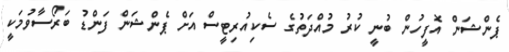
ޕެންޝަން އޮފީހުން ބުނީ ކުރު މުއްދަތުގެ ސެކިއުރިޓީސް އަށް ޕެންޝަން ފަންޑު ބަރޯސާވުމަކީ